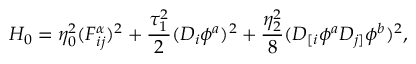
{ \cal H } _ { 0 } = \eta _ { 0 } ^ { 2 } ( F _ { i j } ^ { \alpha } ) ^ { 2 } + \frac { \tau _ { 1 } ^ { 2 } } { 2 } ( D _ { i } \phi ^ { a } ) ^ { 2 } + \frac { \eta _ { 2 } ^ { 2 } } { 8 } ( D _ { [ i } \phi ^ { a } D _ { j ] } \phi ^ { b } ) ^ { 2 } ,